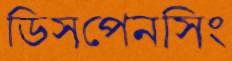
ডিসপেনসিং